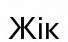
Жік